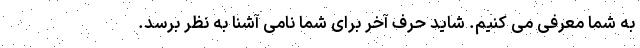
به شما معرفی می کنیم. شاید حرف آخر برای شما نامی آشنا به نظر برسد.